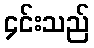
၄င်းသည်